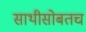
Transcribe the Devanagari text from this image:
साथीसोबतच